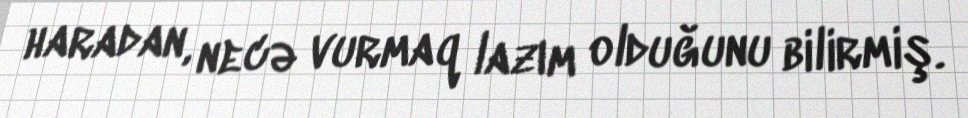
haradan, necə vurmaq lazım olduğunu bilirmiş.